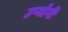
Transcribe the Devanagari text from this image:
उप्योगी